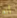
أنه